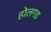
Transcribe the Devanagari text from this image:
होलगड